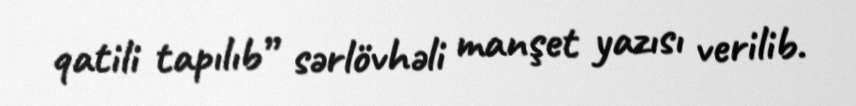
qatili tapılıb” sərlövhəli manşet yazısı verilib.